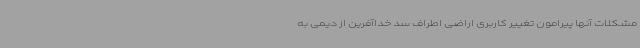
مشکلات آنها پیرامون تغییر کاربری اراضی اطراف سد خداآفرین از دیمی به